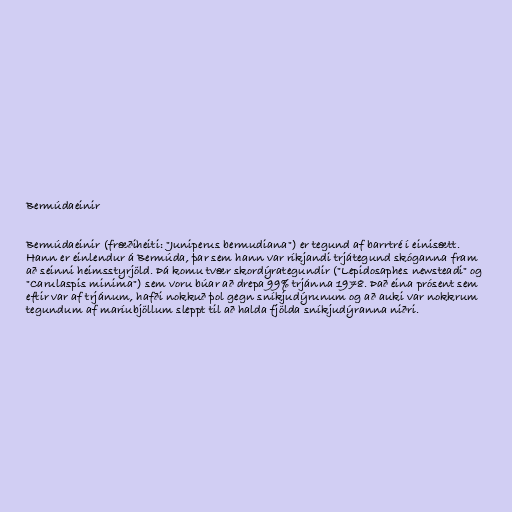
Bermúdaeinir

Bermúdaeinir (fræðiheiti: "Juniperus bermudiana") er tegund af barrtré í einisætt.
Hann er einlendur á Bermúda, þar sem hann var ríkjandi trjátegund skóganna fram
að seinni heimsstyrjöld. Þá komu tvær skordýrategundir ("Lepidosaphes newsteadi" og
"Carulaspis minima") sem voru búar að drepa 99% trjánna 1978. Það eina prósent sem
eftir var af trjánum, hafði nokkuð þol gegn sníkjudýrunum og að auki var nokkrum
tegundum af maríubjöllum sleppt til að halda fjölda sníkjudýranna niðri.